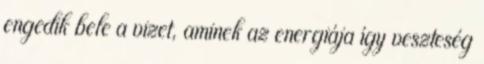
engedik bele a vizet, aminek az energiája így veszteség